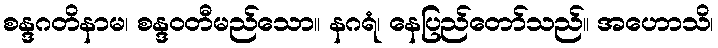
စန္ဒဂတိနာမ၊ စန္ဒဝတီမည်သော။ နဂရံ၊ နေပြည်တော်သည်။ အဟောသိ၊